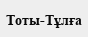
Тоты-Тұлға